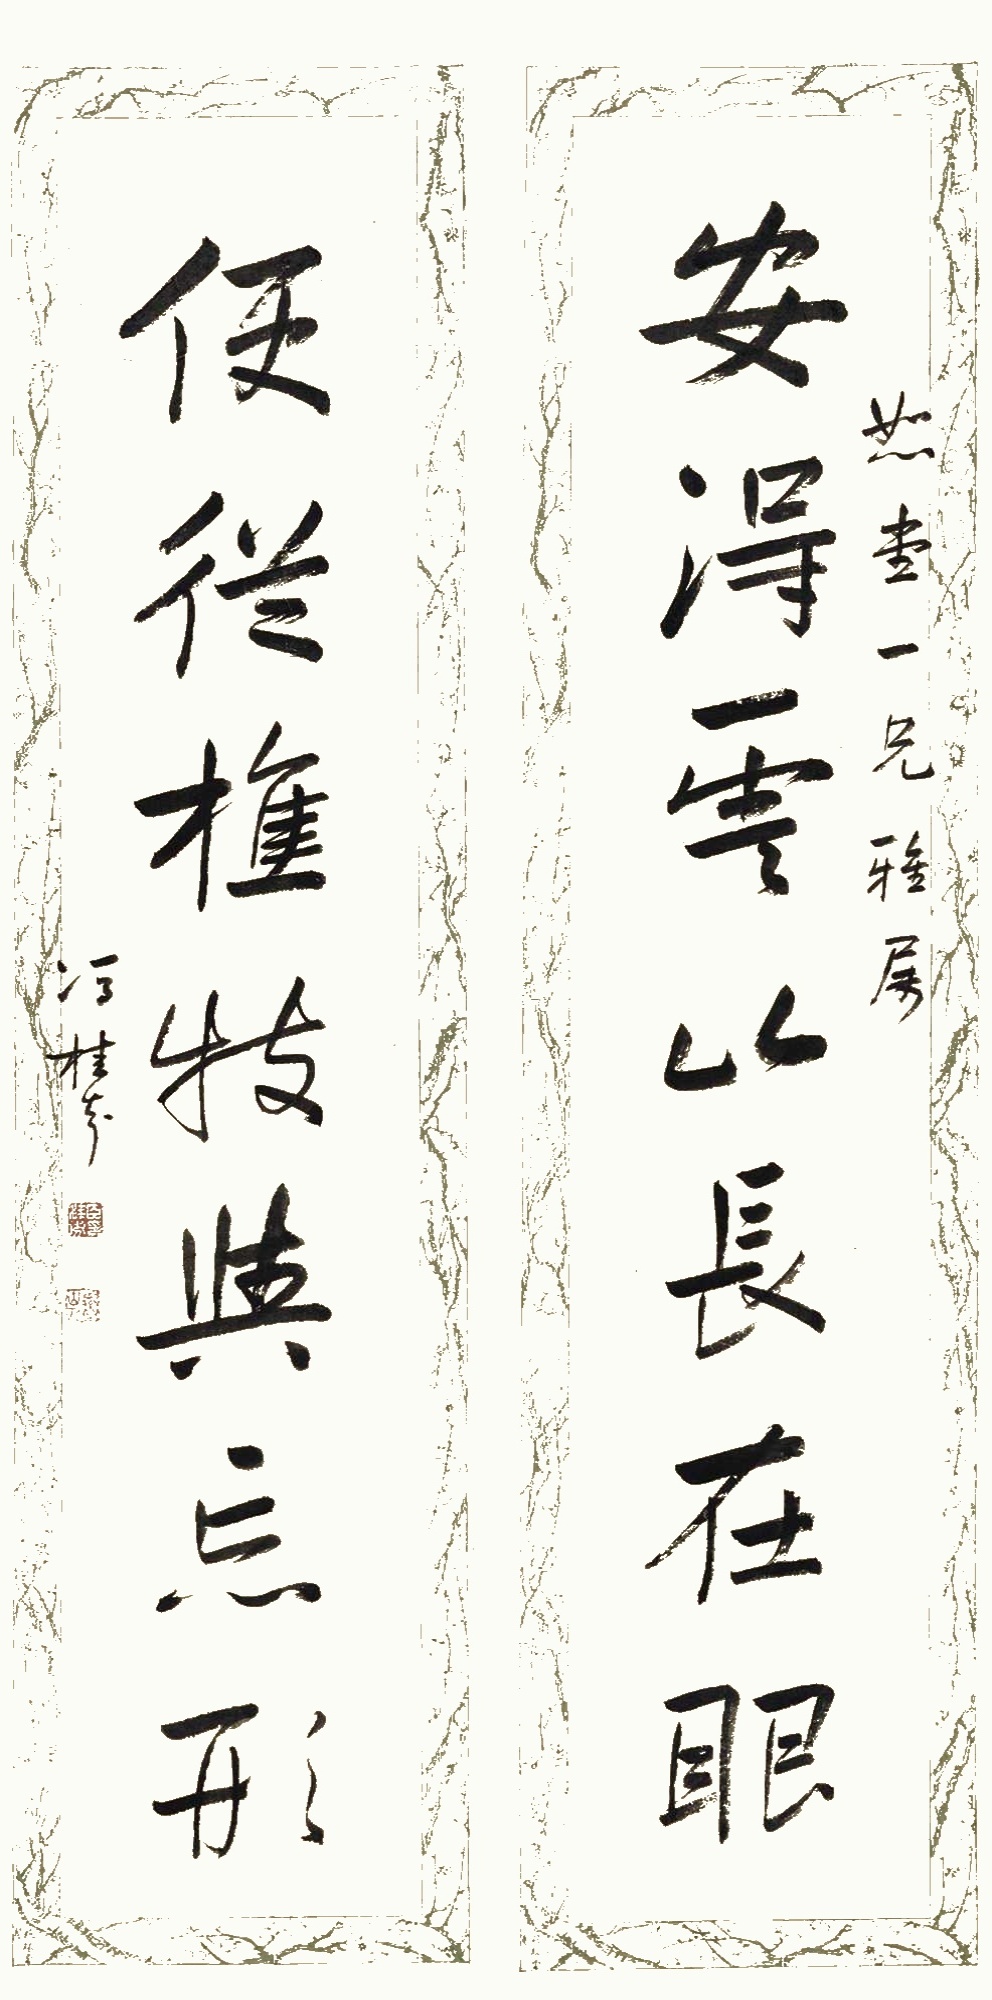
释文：安得云山长在眼，便从樵牧与忘形。恕堂一兄雅属，冯桂芬。